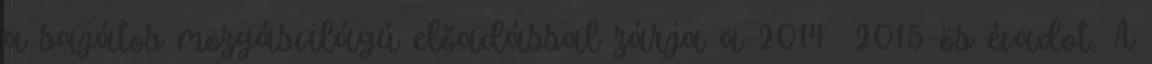
a sajátos mozgásvilágú előadással zárja a 2014 2015-ös évadot. A